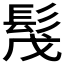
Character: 𩬕